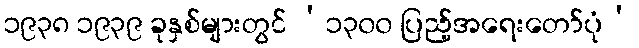
၁၉၃၈ ၁၉၃၉ ခုနှစ်များတွင် ‘၁၃၀၀ ပြည့်အရေးတော်ပုံ’